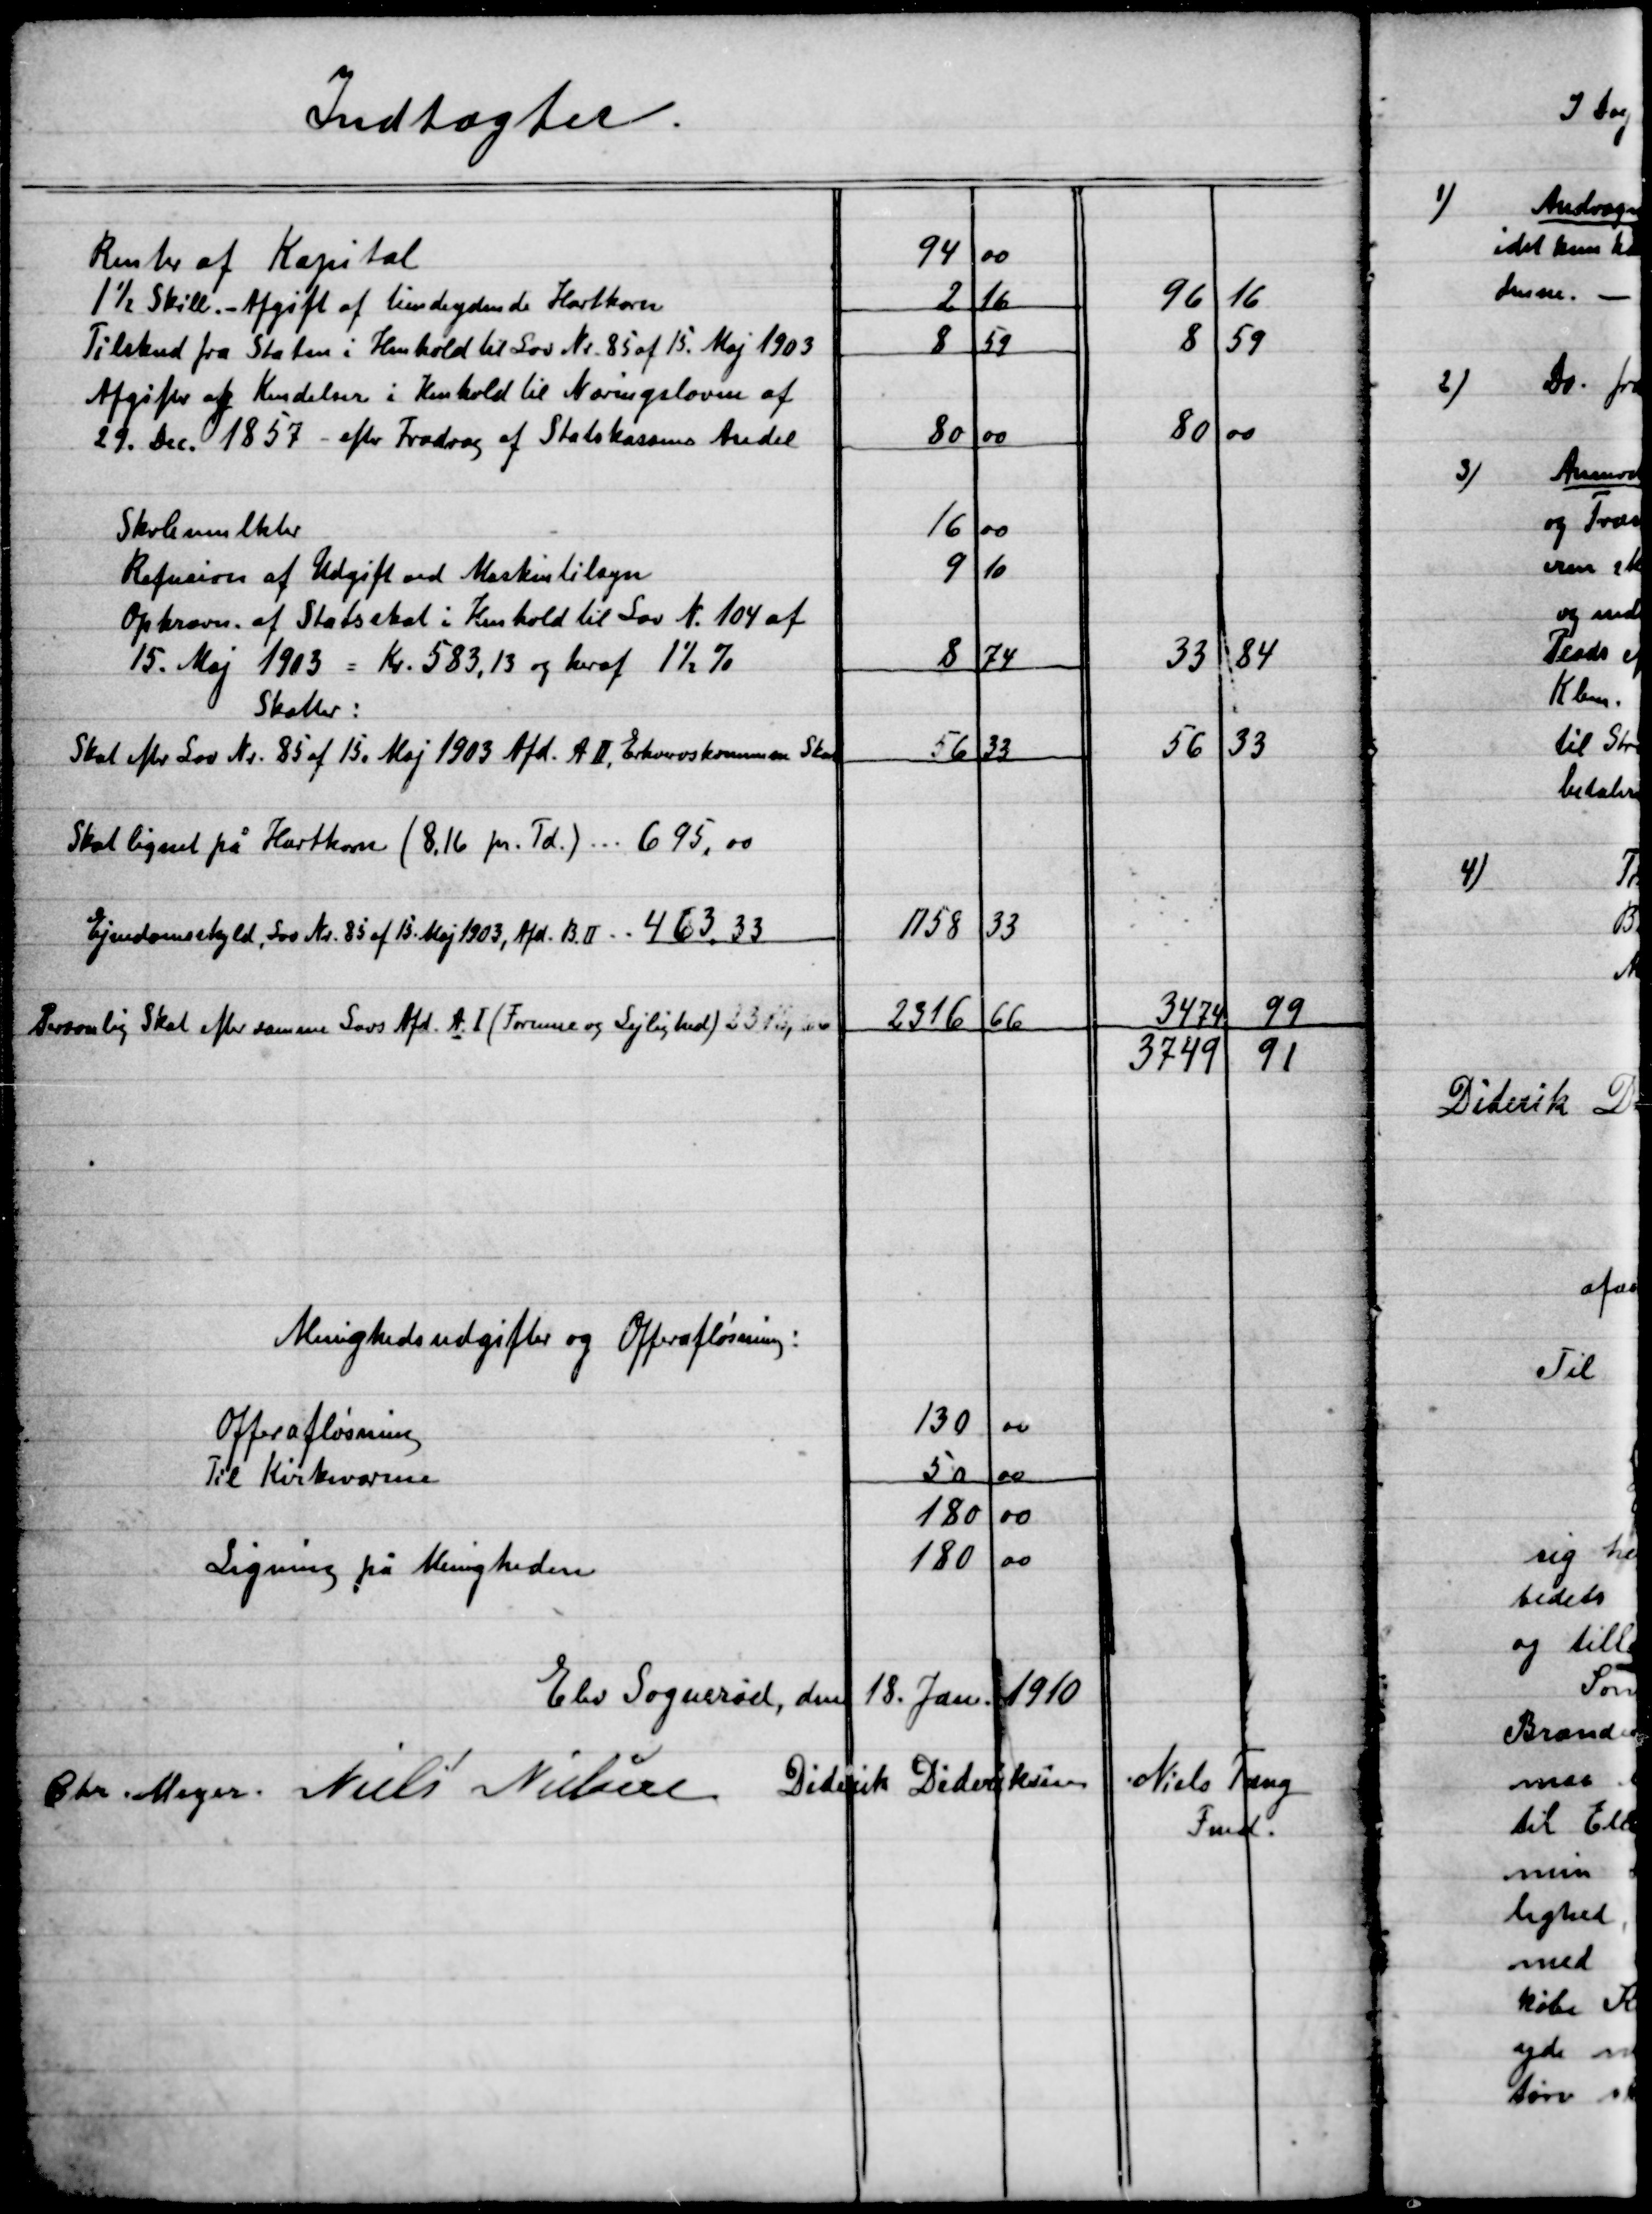
Transskription:
Elev Sogneråd, den 18. Jan. 1910

Chr. Meyer
Niels Nielsen
Diderik Dideriksen
Nils Tang
Fmd.